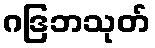
ဂဒြဘသုတ်